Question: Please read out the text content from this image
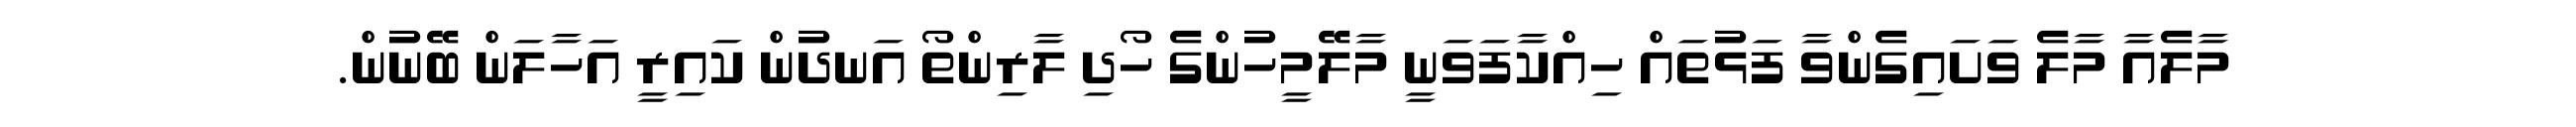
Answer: މާލެއާ މާލެ ވަށައިގެންވާ ފަޅުތައް ހިއްކާފަވަނީ މާލޭމީހުންގެ ހޯދި ލާރިންތޯ އަނދުން ކައިރީ އަހާލަން ބޭނުން.